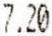
7.20